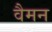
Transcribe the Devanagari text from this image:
वैमन